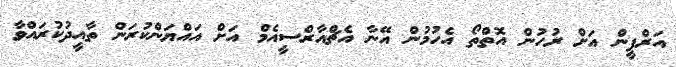
އަރްފީން އަށް ރުހުުން އޮތްތޯ އެހުމުން އޭނާ އެޗްއާރްސީއެމް އަށް އައްޔަންކުރަން ތާއީދުކުރައްވާ